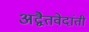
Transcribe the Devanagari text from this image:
अद्वैतवेदांती